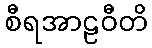
စီရအာဠဝီတိ